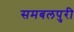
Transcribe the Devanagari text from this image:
समबलपुरी